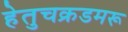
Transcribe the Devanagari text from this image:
हेतुचक्रडमरू